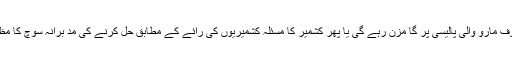
مودی کی انتہا پسندانہ سوچ اب صرف مارو والی پالیسی پر گا مزن رہے گی یا پھر کشمیر کا مسئلہ کشمیریوں کی رائے کے مطابق حل کرنے کی مد برانہ سوچ کا مظاہرہ کرے گی ، یہ ایک سوال ہے ۔